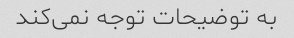
به توضیحات توجه نمی‌کند